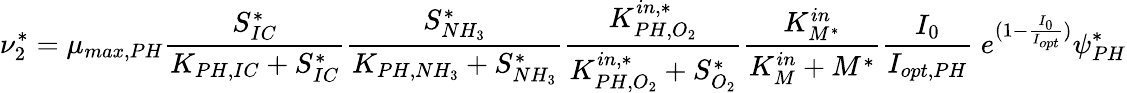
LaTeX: \nu_{2}^{*}=\mu_{max,PH}\frac{S_{IC}^{*}}{K_{PH,IC}+S_{IC}^{*}}\frac{S_{NH_{3}}^{*}}{K_{PH,NH_{3}}+S_{NH_{3}}^{*}}\frac{K_{PH,O_{2}}^{in,*}}{K_{PH,O_{2}}^{in,*}+S_{O_{2}}^{*}}\frac{K_{M^{*}}^{in}}{K_{M}^{in}+M^{*}}\frac{I_{0}}{I_{opt,PH}}\ e^{(1-\frac{I_{0}}{I_{opt}})}\psi_{PH}^{*}